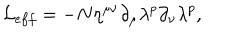
LaTeX: { \cal L } _ { e f f } = - N \eta ^ { \mu \nu } \partial _ { \mu } \lambda ^ { p } \partial _ { \nu } \lambda ^ { p } ,